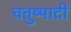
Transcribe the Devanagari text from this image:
चतुष्पादी